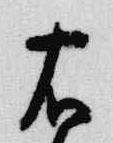
右